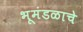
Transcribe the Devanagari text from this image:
भूमंडळाचे